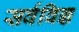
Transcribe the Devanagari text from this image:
सर्वविज्ञ